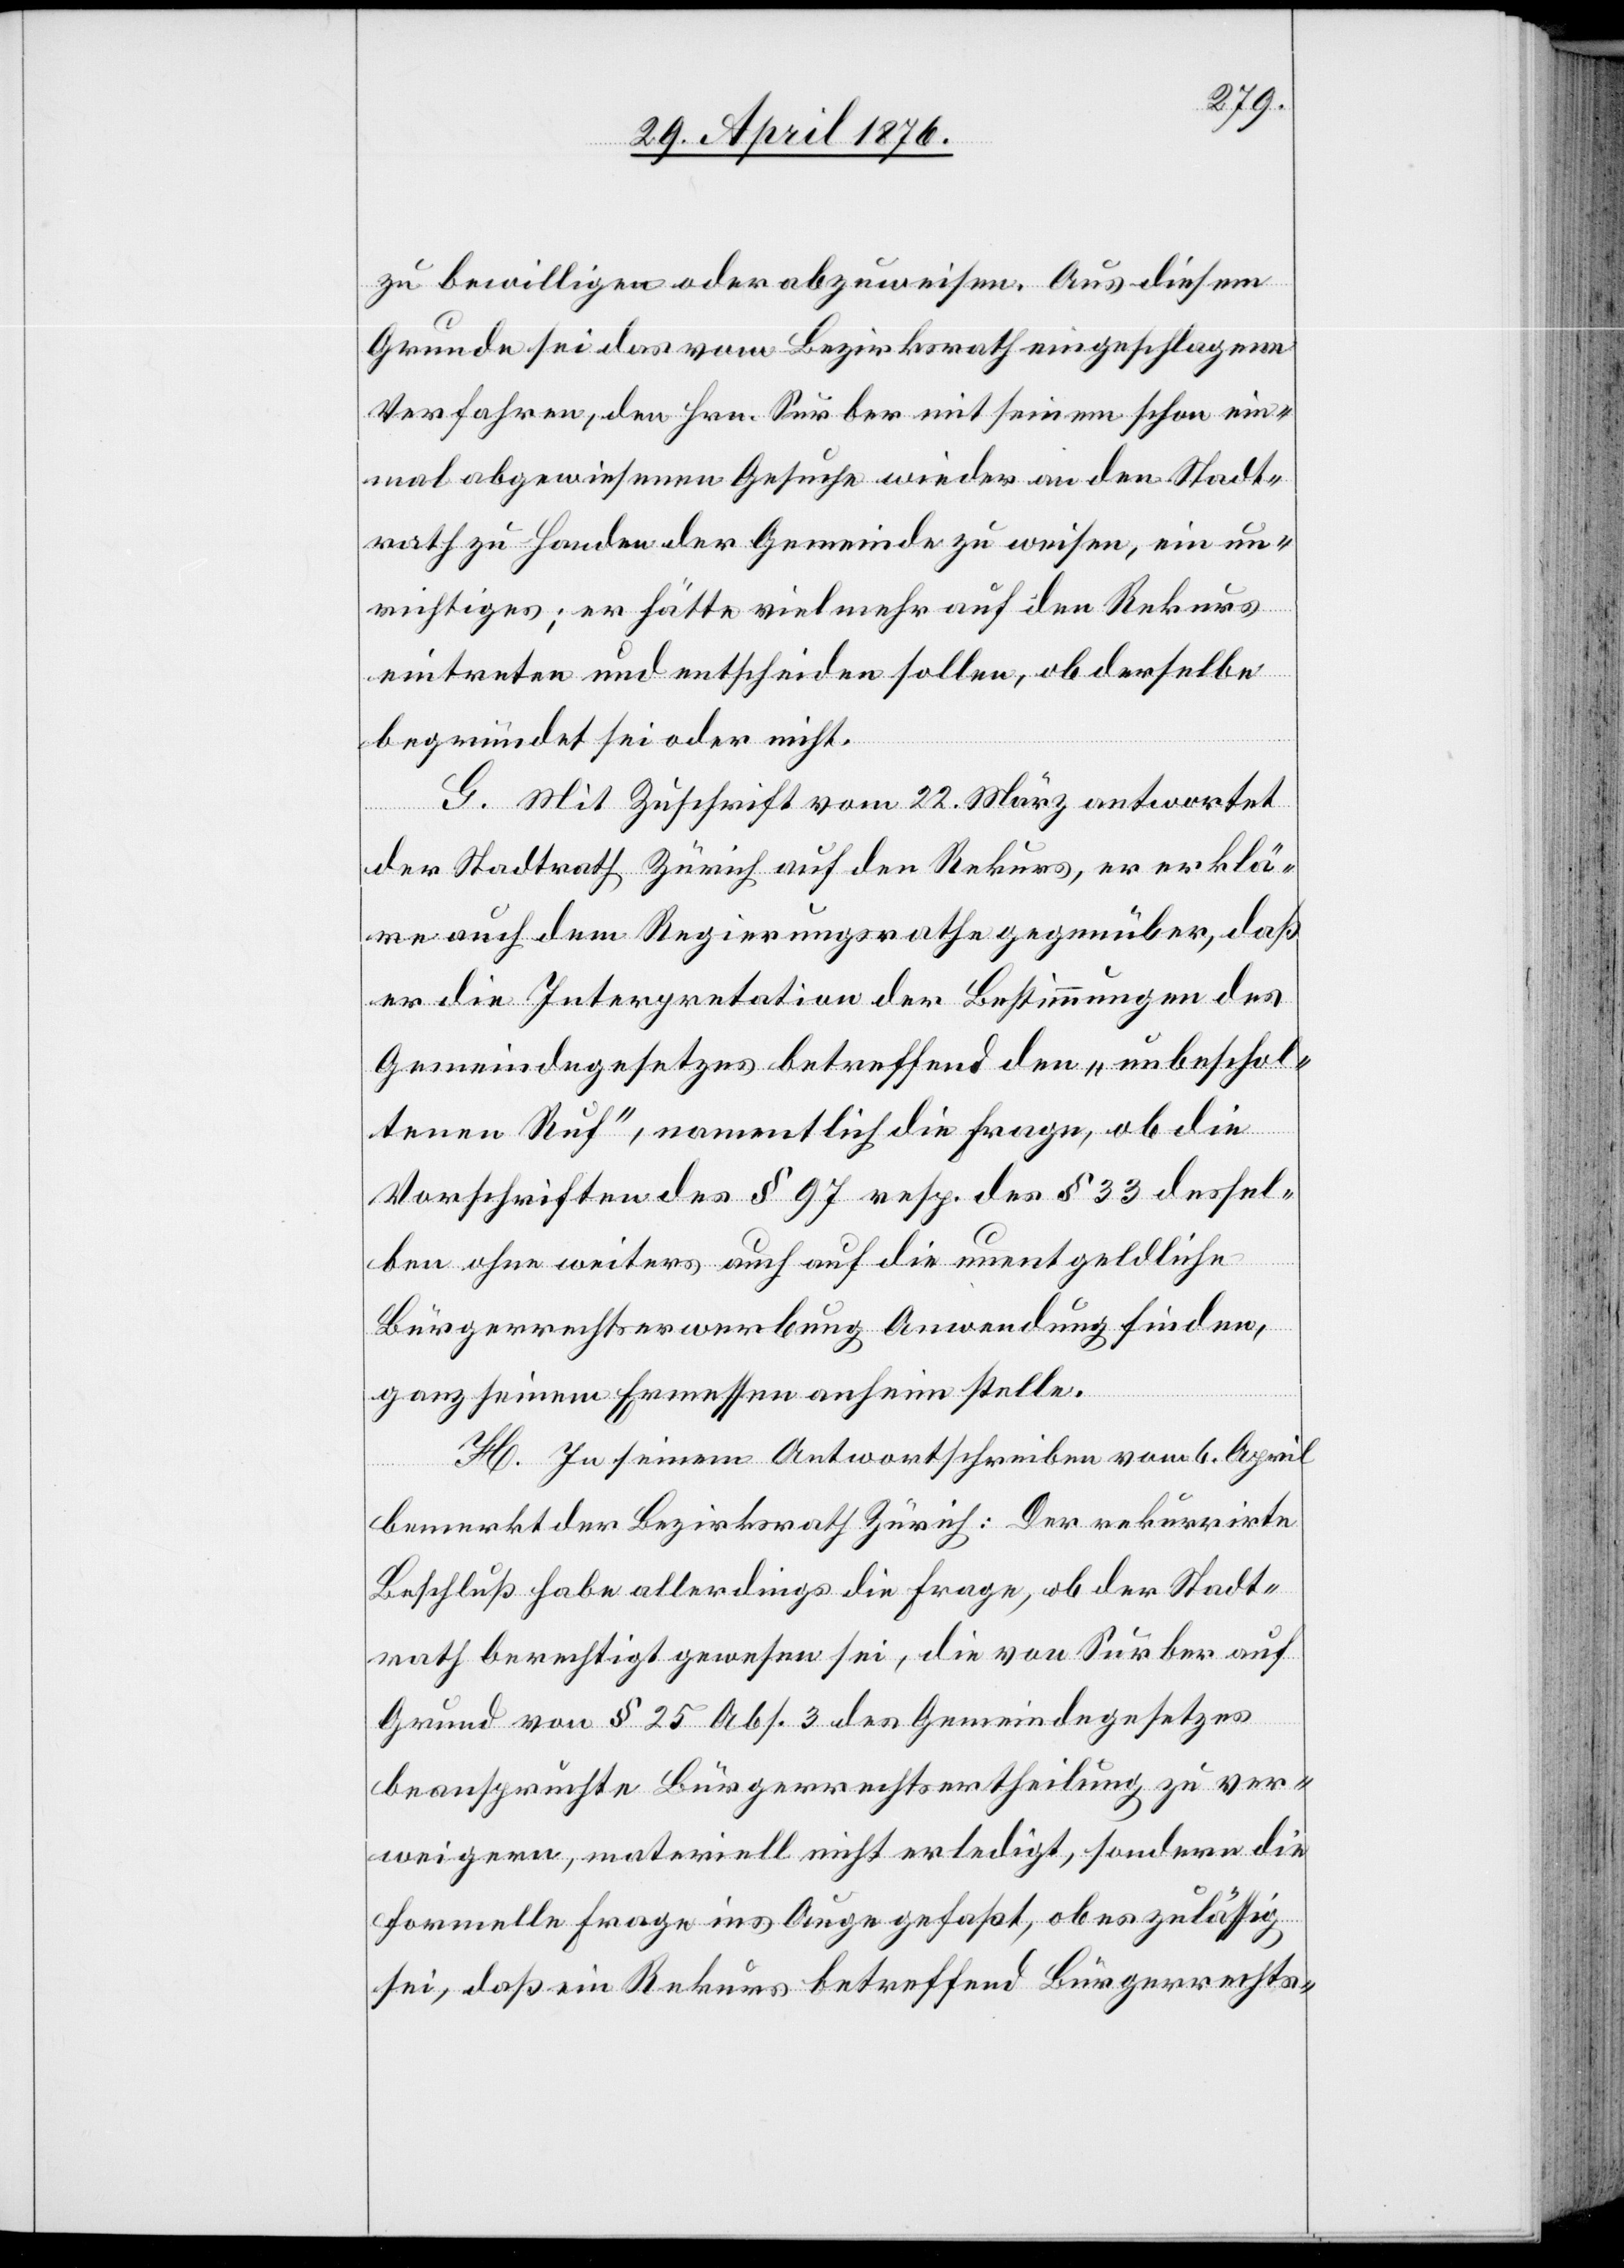
rath
zu bewilligen oder abzuweisen. Aus diesem
Grunde sei das vom Bezirksrath eingeschlagene
Verfahren, den Hrn. Surber mit seinem schon ein¬
mal abgewiesenen Gesuche wieder an den Stadt¬
rath zu Handen der Gemeinde zu weisen, ein un¬
richtiges; er hätte vielmehr auf den Rekurs
eintreten und entscheiden sollen, ob derselbe
begründet sei oder nicht.
G. Mit Zuschrift vom 22. März antwortet
der Stadtrath Zürich auf den Rekurs, er erklä¬
re auch dem Regierungsrathe gegenüber, daß
er die Interpretation der Bestimmungen des
Gemeindegesetzes betreffend den „unbeschol¬
tenen Ruf“, namentlich die Frage, ob die
Bürgerrechtserwerbung Anwendung finden,
ganz seinem Ermessen anheim stelle.
H. In seinem Antwortschreiben vom 6. April
bemerkt der Bezirksrath Zürich: Der rekurrirte
Beschluß habe allerdings die Frage, ob der Stadt¬
Grund von § 25 Abs. 3 des Gemeindegesetzes
beanspruchte Bürgerrechtsertheilung zu ver¬
weigern, materiell nicht erledigt, sondern die
formelle Frage ins Auge gefaßt ob es zulässig
sei, daß ein Rekurs betreffend Bürgerrechts-